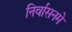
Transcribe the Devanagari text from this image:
निर्वासनमे